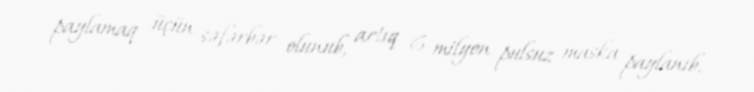
paylamaq üçün səfərbər olunub, artıq 6 milyon pulsuz maska paylanıb.